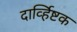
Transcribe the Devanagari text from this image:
दार्व्हिष्टक